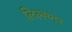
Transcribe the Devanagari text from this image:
लिल्सनर